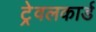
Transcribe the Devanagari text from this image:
ट्रेवलकार्ड